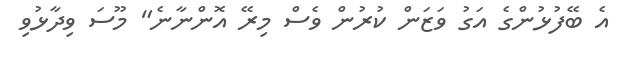
އެ ބޭފުޅުންގެ އަގު ވަޒަން ކުރުން ވެސް މިރޭ އޮންނާނެ" މޫސަ ވިދާޅުވި